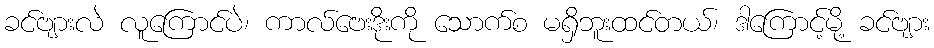
ခင်ဗျားလဲ လူကြောင်ပဲ၊ ကာလ်ဗေးဒိုးကို သောက်စ မရှိဘူးထင်တယ်၊ ဒါကြောင့်မို့ ခင်ဗျား